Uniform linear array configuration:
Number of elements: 16
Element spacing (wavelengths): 0.5
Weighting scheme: uniform
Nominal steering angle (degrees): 15
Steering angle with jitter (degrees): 14.991
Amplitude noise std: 0.05
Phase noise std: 0.05

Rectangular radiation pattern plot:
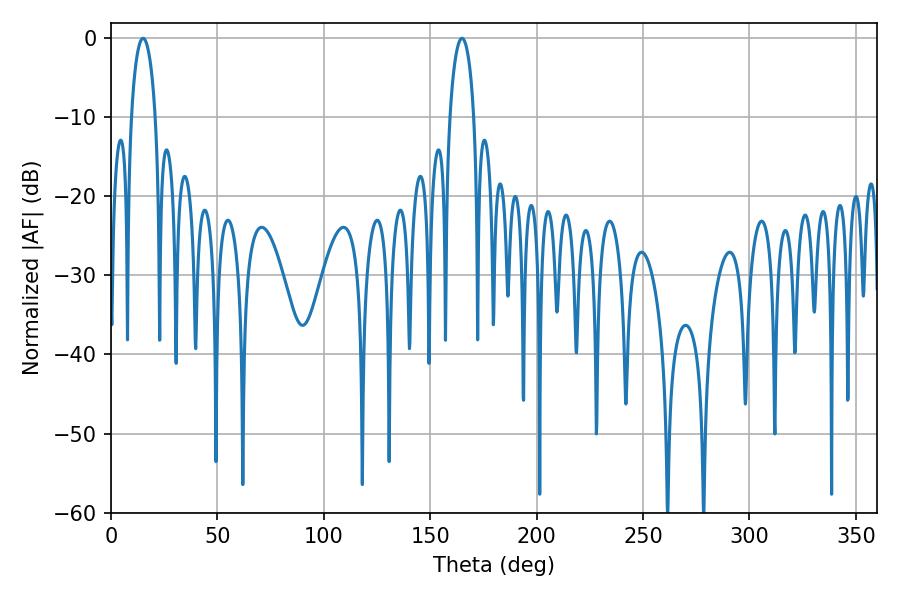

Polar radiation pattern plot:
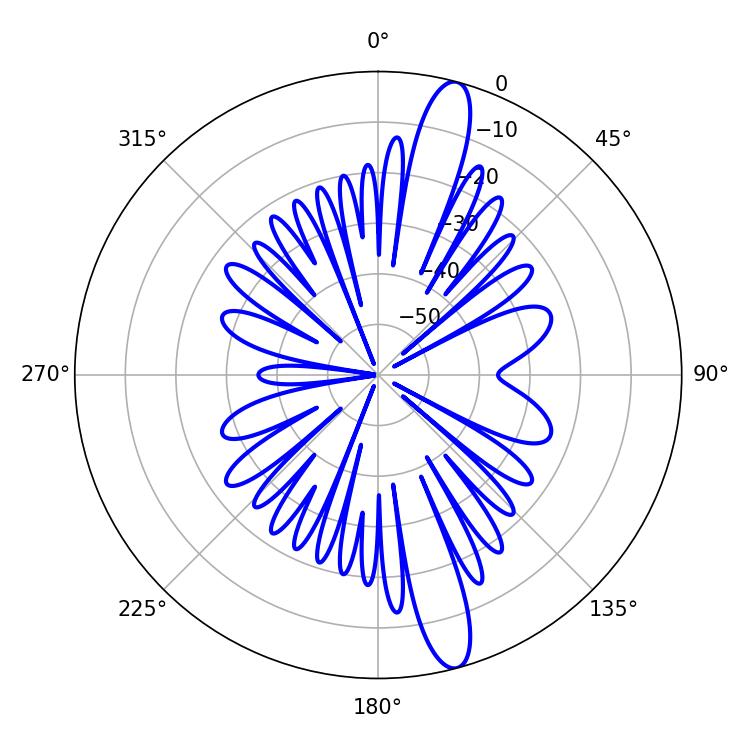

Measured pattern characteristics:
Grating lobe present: FALSE
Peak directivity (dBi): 14.812
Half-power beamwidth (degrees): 6.48
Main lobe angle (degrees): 164.88